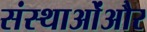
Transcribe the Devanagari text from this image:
संस्थाओंऔर